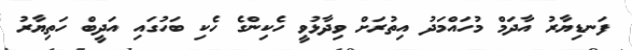
ފަނޑިޔާރު އާދަމް މުހައްމަދު އިތުރަށް ވިދާޅުވީ ހެކިންގެ ހެކި ބަހުގައި އަދީބް ހަތިޔާރު